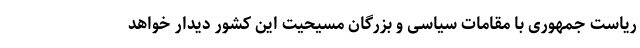
ریاست جمهوری با مقامات سیاسی و بزرگان مسیحیت این کشور دیدار خواهد